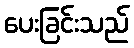
ပေးခြင်းသည်